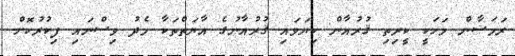
ރަމަޟާން މަހަކީ ކީރިތި ޤުރުއާން ކިޔަވައި ޤުރުއާނުގެ އާޔަތްތަކާ މެދު ވިސްނައި ފިކުރުކޮށް